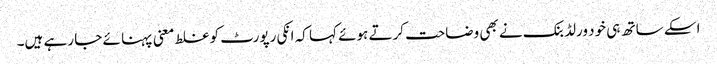
اسکے ساتھ ہی خود ورلڈ بنک نے بھی وضاحت کرتے ہوئے کہا کہ انکی رپورٹ کو غلط معنی پہنا ئے جا رہے ہیں۔